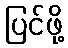
ပြင်ဖို့